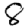
Digit: 8